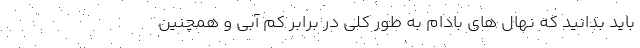
باید بدانید که نهال های بادام به طور کلی در برابر کم آبی و همچنین